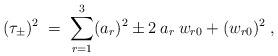
LaTeX: \begin{align*}(\tau_\pm)^2 \;=\; \sum_{r=1}^3 (a_r)^2 \pm 2\: a_r\: w_{r 0} + (w_{r 0})^2 \;,\end{align*}